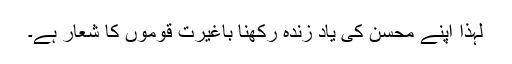
لہذا اپنے محسن کی یاد زندہ رکھنا باغیرت قوموں کا شعار ہے۔